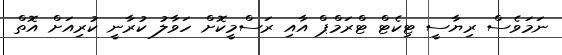
ނަމަވެސް ރިޔާސީ ޓިކެޓް ޓްރަމްޕް އާއި ރަސްމީކޮށް ހަވާލު ކުރާނީ ކުރިއަށް އޮތް